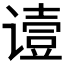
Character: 𬤞